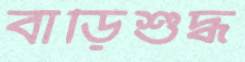
বাড়িশুদ্ধ